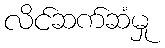
လိင်ဆက်ဆံမှု